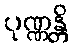
ပုဏ္ဏန္တိ